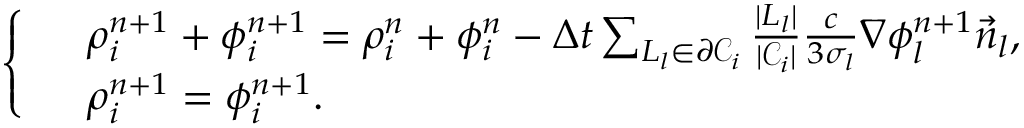
\left\{ \begin{array} { r l } & { \rho _ { i } ^ { n + 1 } + \phi _ { i } ^ { n + 1 } = \rho _ { i } ^ { n } + \phi _ { i } ^ { n } - \Delta t \sum _ { L _ { l } \in \partial \mathcal { C } _ { i } } \frac { | L _ { l } | } { | \mathcal { C } _ { i } | } \frac { c } { 3 \sigma _ { l } } \nabla \phi _ { l } ^ { n + 1 } \vec { n } _ { l } , } \\ & { \rho _ { i } ^ { n + 1 } = \phi _ { i } ^ { n + 1 } . } \end{array} \right.